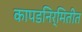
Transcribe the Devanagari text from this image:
कापडनिर्मितीत